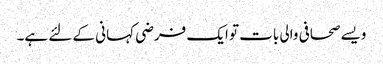
ویسے صحافی والی بات تو ایک فرضی کہانی کے لئے ہے۔